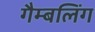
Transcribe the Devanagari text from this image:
गैम्बलिंग